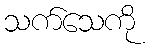
သက်သေကို